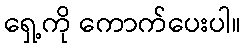
ရှေ့ကို ကောက်ပေးပါ။